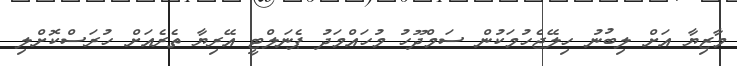
މާޒިޔާ އަށް ލިބުނު ހިލޭޖެހުމަކުން ސަމްދޫހު މުހައްމަދު ޕެނަލްޓީ އޭރިޔާ ތެރެއަށް ހުރަސްކޮށްލި